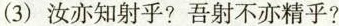
(3)汝亦知射乎?吾射不亦精乎?